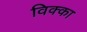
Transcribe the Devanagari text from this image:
विक्का